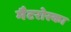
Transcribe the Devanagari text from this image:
मैटरोस्का